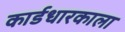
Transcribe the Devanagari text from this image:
कार्डधारकाला